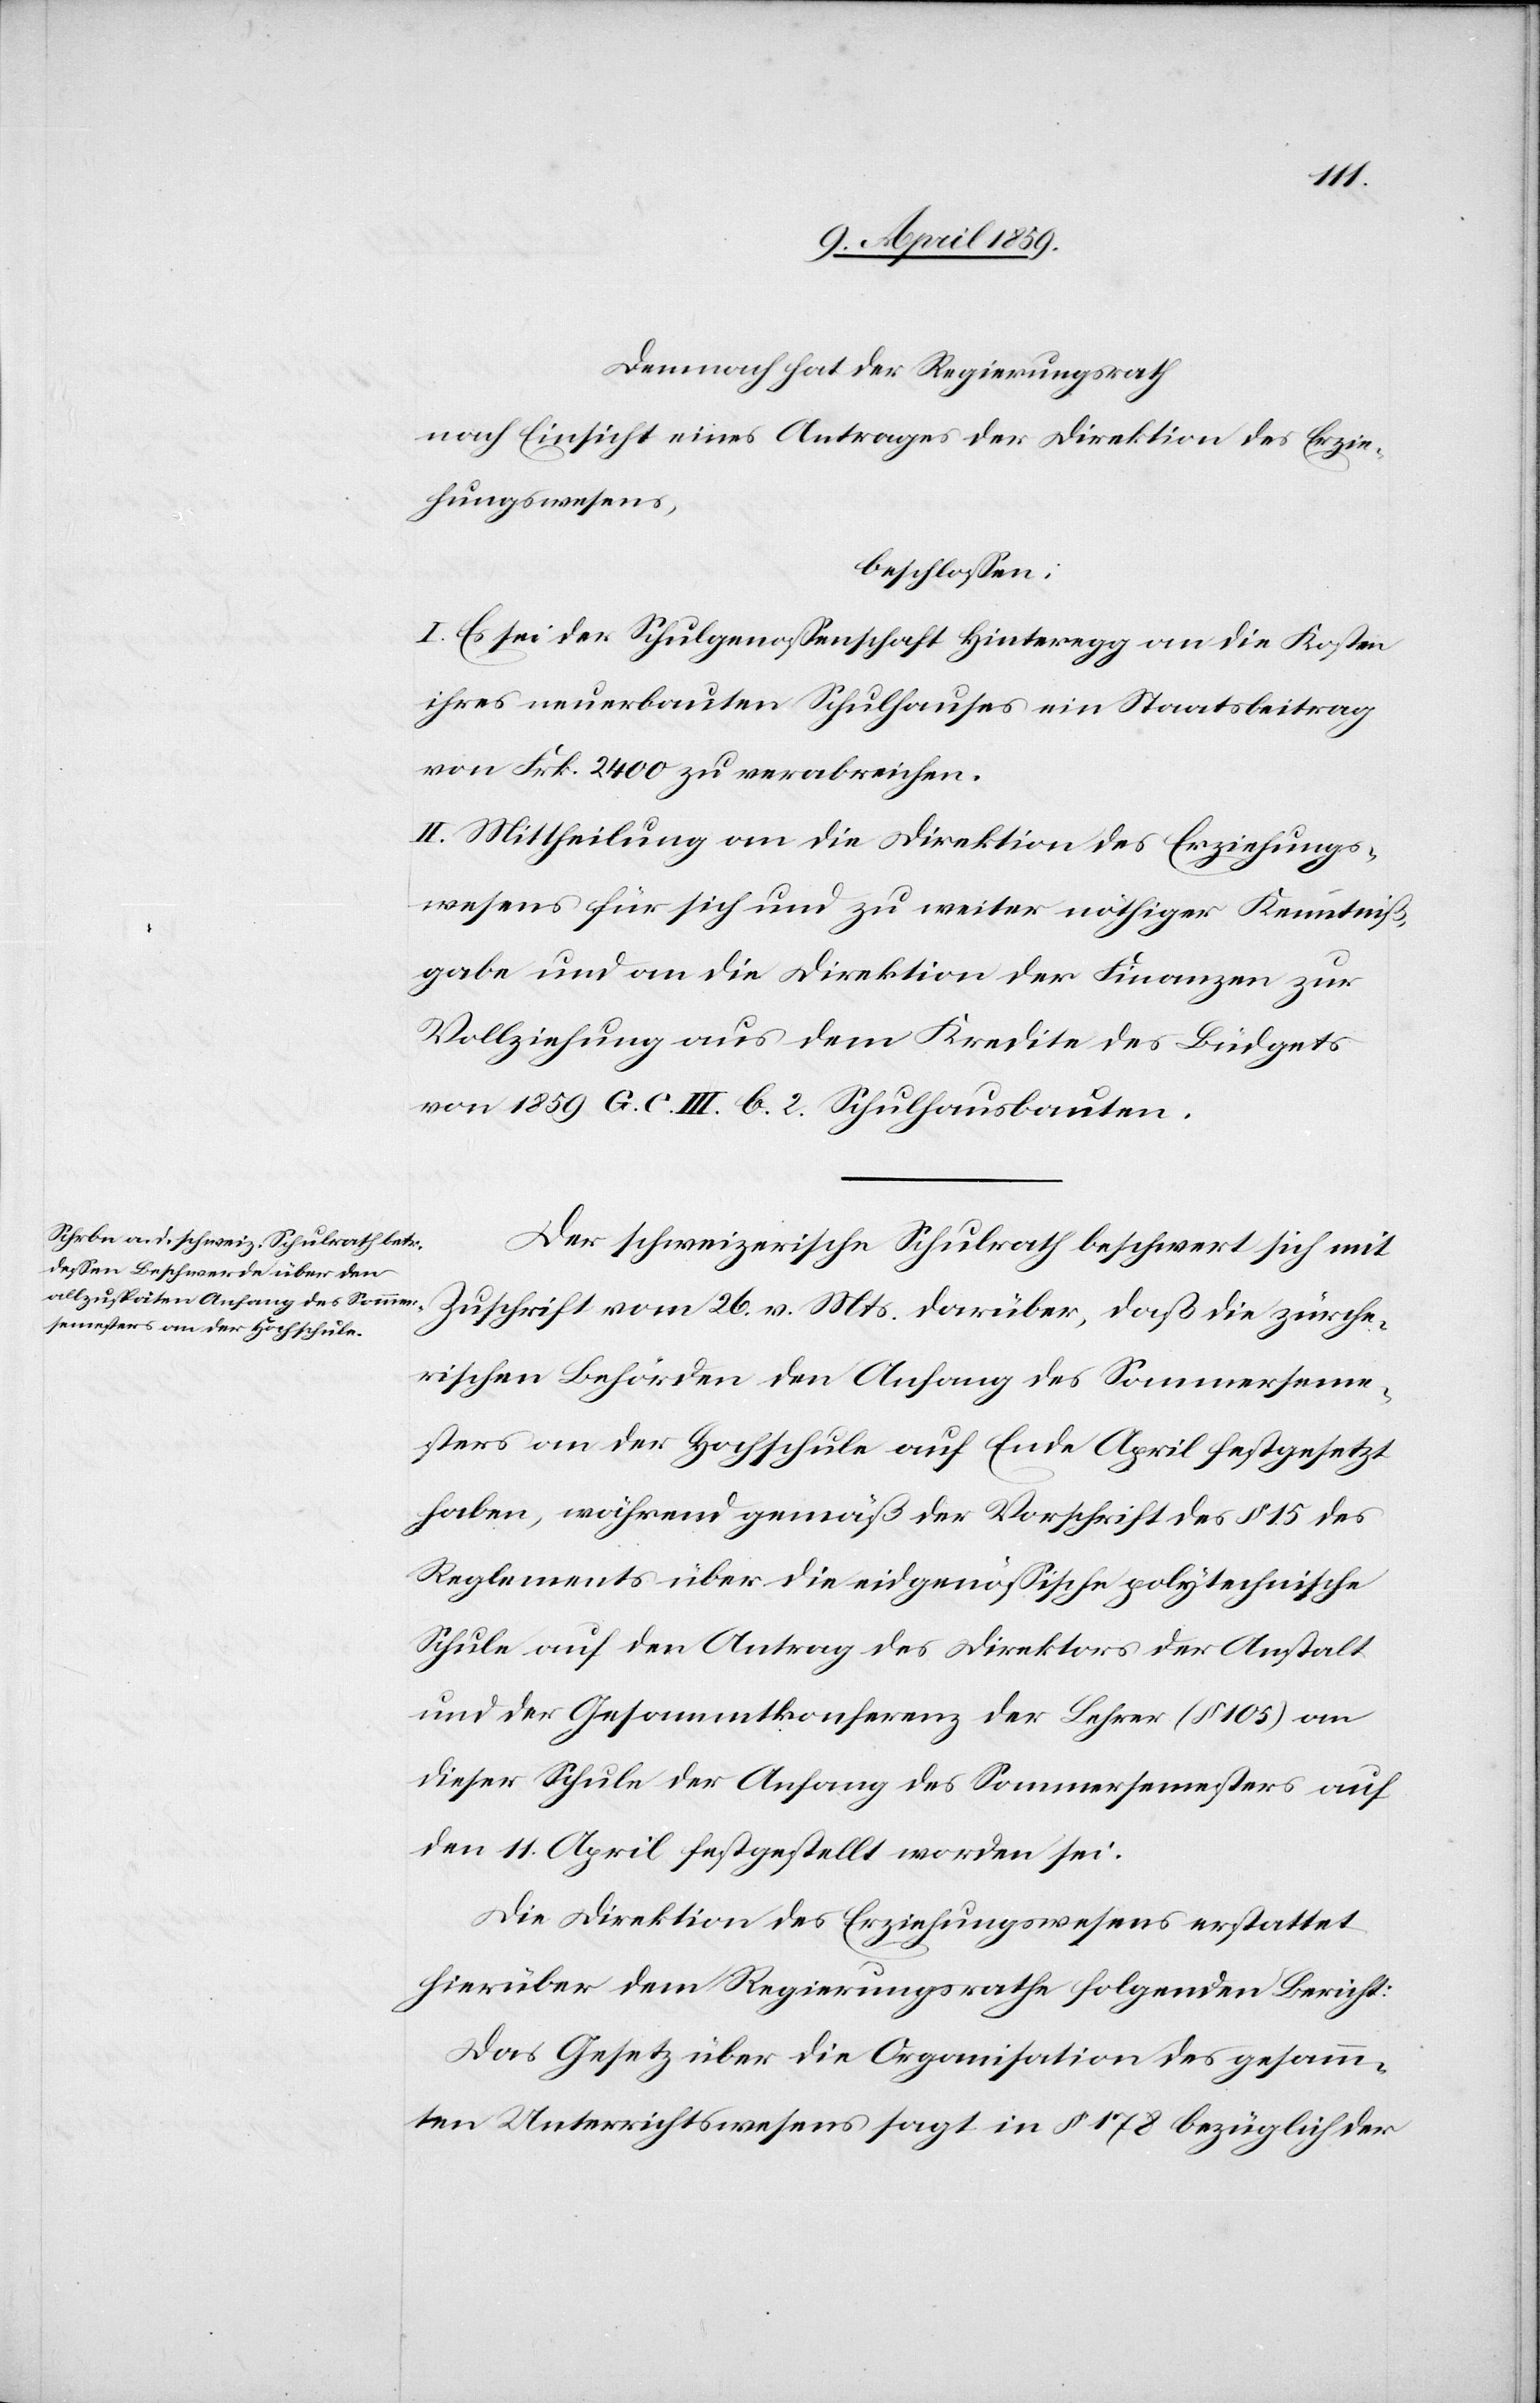
Demnach hat der Regierungsrath
nach Einsicht eines Antrages der Direktion des Erzie¬
hungswesens,
beschloßen:
I. Es sei der Schulgenoßenschaft Hinteregg an die Kosten
ihres neuerbauten Schulhauses ein Staatsbeitrag
von Frk. 2400 zu verabreichen.
II. Mittheilung an die Direktion des Erziehungs¬
wesens für sich und zu weiter nöthiger Kenntniß¬
gabe und an die Direktion der Finanzen zur
Vollziehung aus dem Kredite des Büdgets
von 1859 G. C. III. b. 2. Schulhausbauten.
Der schweizerische Schulrath beschwert sich mit
Zuschrift vom 26. v. Mts. darüber, daß die zürche¬
rischen Behörden den Anfang des Sommerseme¬
sters an der Hochschule auf Ende April festgesetzt
haben, während gemäß der Vorschrift des § 15 des
Reglements über die eidgenößische polytechnische
Schule auf den Antrag des Direktors der Anstalt
und der Gesammtkonferenz der Lehrer (§ 105) an
dieser Schule der Anfang des Sommersemesters auf
den 11. April festgestellt worden sei.
Die Direktion des Erziehungswesens erstattet
hierüber dem Regierungsrath folgenden Bericht:
Das Gesetz über die Organisation des gesamm¬
ten Unterrichtswesens sagt in § 178 bezüglich der